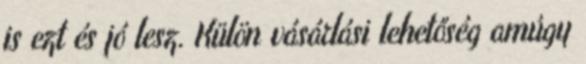
is ezt és jó lesz. Külön vásárlási lehetőség amúgy